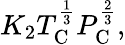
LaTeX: K_{2}T_{\mathrm{C}}^{\frac{1}{3}}P_{\mathrm{C}}^{\frac{2}{3}},